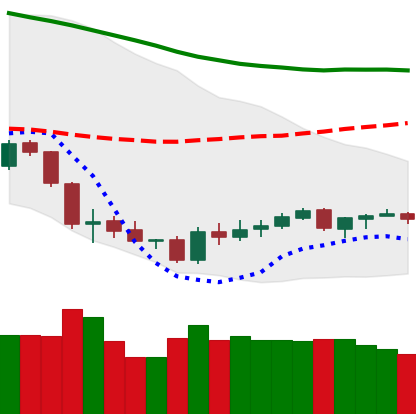
Ticker: BTC-USD
Chart end date: 2018-06-08
Forward return: -16.722%
Label: down_7plus